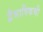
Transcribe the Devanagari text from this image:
द्वैभाषिकची